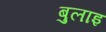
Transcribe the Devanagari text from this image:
बुलाइ